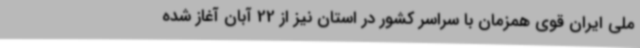
ملی ایران قوی همزمان با سراسر کشور در استان نیز از 22 آبان آغاز شده